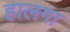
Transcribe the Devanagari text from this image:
हालगा